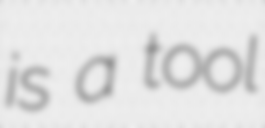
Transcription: is a tool